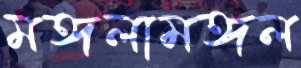
মঙ্গলামঙ্গল